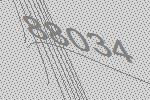
88034